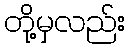
တို့မှလည်း